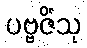
ပဗ္ဗဇိံသု